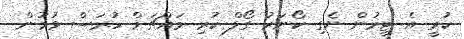
ކުރީ އެ ޓީމުން ނެގި ކޯނަރު ގޯލް ކުރި މައްޗަށް ހުރަސް ވުމުން